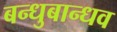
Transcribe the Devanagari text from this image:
बन्धुबान्धव